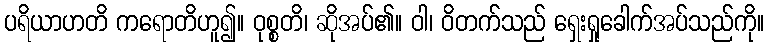
ပရိယာဟတိ ကရောတိဟူ၍။ ဝုစ္စတိ၊ ဆိုအပ်၏။ ဝါ၊ ဝိတက်သည် ရှေးရှုခေါက်အပ်သည်ကို။